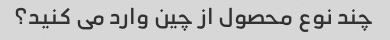
چند نوع محصول از چین وارد می کنید؟